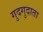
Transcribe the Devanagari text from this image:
गुदगुदाता